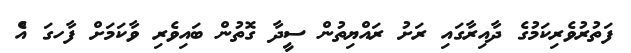
ފަތުރުވެރިކަމުގެ ދާއިރާގައި ރަށު ރައްޔިތުން ސީދާ ގޮތުން ބައިވެރި ވާކަމަށް ފާހގަ އެް